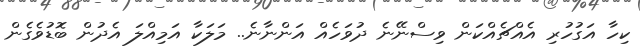
ކިހާ އަގުހުރި އެއްޗެއްކަން ވިސްނޭނެ ދުވަހެއް އަންނާނެ.. މަލަކާ އަމިއްލަ އެދުން ބޮޑުވެގެން